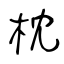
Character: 枕